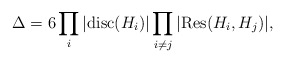
\begin{align*} \Delta=6\prod_i |\mathrm{disc}(H_i)|\prod_{i\neq j}|\mathrm{Res} (H_i,H_j)|,\end{align*}